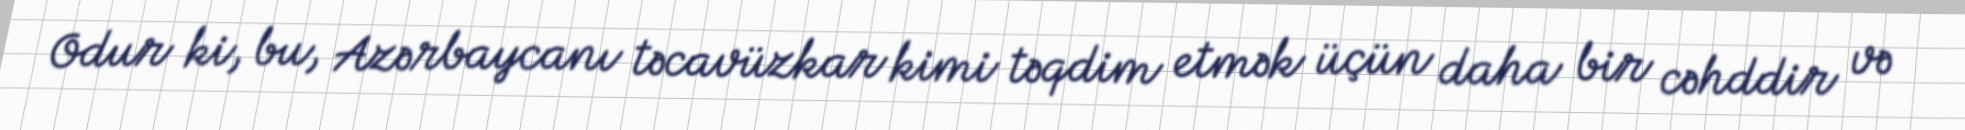
Odur ki, bu, Azərbaycanı təcavüzkar kimi təqdim etmək üçün daha bir cəhddir və